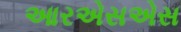
આરએસએસ